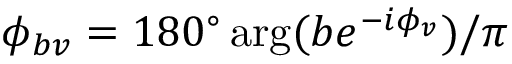
\phi _ { b v } = 1 8 0 ^ { \circ } \, \mathrm { a r g } ( b e ^ { - i \phi _ { v } } ) / \pi